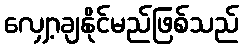
လျှော့ချနိုင်မည်ဖြစ်သည်